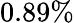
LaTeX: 0.89\%